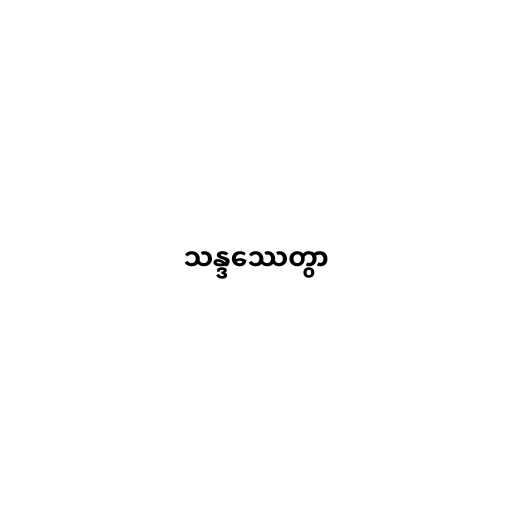
သန္ဒဿေတွာ